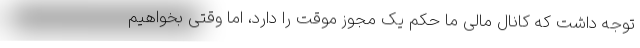
توجه داشت که کانال مالی ما حکم یک مجوز موقت را دارد، اما وقتی بخواهیم